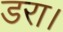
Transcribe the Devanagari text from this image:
डरा।